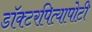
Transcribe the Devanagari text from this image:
डॉक्टरपित्यापोटी